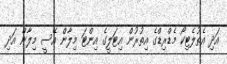
އަދި އެތުލެޓިކޯ މެޑްރިޑްގެ އިތުރުން އިޓަލީގެ އިންޓަ މިލާން އޭސީ މިލާން އަދި